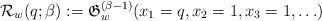
LaTeX: \begin{gather*}{\cal{R}}_{w}(q;\beta) := \mathfrak{G}_{w}^{(\beta-1)}(x_1=q,x_2=1,x_3=1,\ldots)\end{gather*}